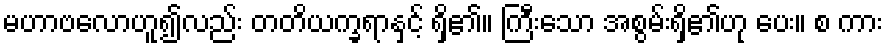
မဟာဗလောဟူ၍လည်း တတိယက္ခရာနှင့် ရှိ၏။ ကြီးသော အစွမ်းရှိ၏ဟု ပေး။ စ ကား